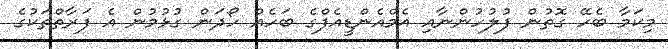
މިކަމާ ބެހޭ ގޮތުން ފުލުހުންނާއި އެމްއެންޑީއެފްގެ ބަހެއް ހޯދަން ގުޅުމުން އެ ފަރާތްތަކުގެ